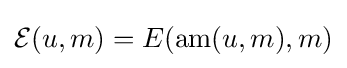
{\mathcal {E}}(u,m)=E(\operatorname {am} (u,m),m)